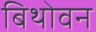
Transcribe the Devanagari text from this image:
बिथोवन